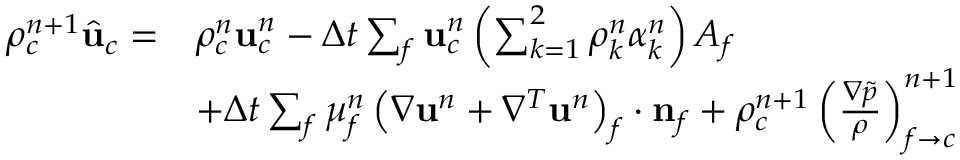
\begin{array} { r l } { \rho _ { c } ^ { n + 1 } \hat { \mathbf { u } } _ { c } = } & { \rho _ { c } ^ { n } \mathbf { u } _ { c } ^ { n } - \Delta t \sum _ { f } \mathbf { u } _ { c } ^ { n } \left( \sum _ { k = 1 } ^ { 2 } \rho _ { k } ^ { n } \alpha _ { k } ^ { n } \right) A _ { f } } \\ & { + \Delta t \sum _ { f } \mu _ { f } ^ { n } \left( \nabla \mathbf { u } ^ { n } + \nabla ^ { T } \mathbf { u } ^ { n } \right) _ { f } \cdot \mathbf { n } _ { f } + \rho _ { c } ^ { n + 1 } \left( \frac { \nabla \tilde { p } } { \rho } \right) _ { f \rightarrow c } ^ { n + 1 } } \end{array}